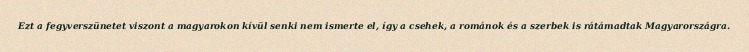
Ezt a fegyverszünetet viszont a magyarokon kívül senki nem ismerte el, így a csehek, a románok és a szerbek is rátámadtak Magyarországra.